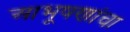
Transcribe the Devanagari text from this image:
आभूषणांचा